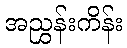
အညွှန်းကိန်း